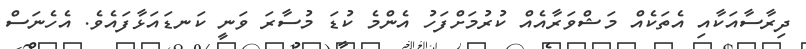
ދިރާސާއަކާއި އެތަކެއް މަޝްވަރާއެއް ކުރުމަށްފަހު އެންމެ ކުޑަ މުސާރަ ވަނީ ކަނޑައަޅާފައެވެ. އެހެނަސް